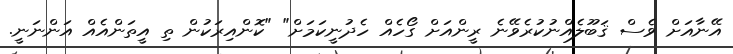
އޭނާއަށް ވެސް ޤަބޫލެއްނުކުރެވޭނެ ރީންއަށް ގޯހެއް ހެދުނީކަމަށް" "ކޮންއިރަކުން ތި އީތަންއެއް އަންނަނީ.